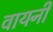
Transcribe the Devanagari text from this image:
वायनी